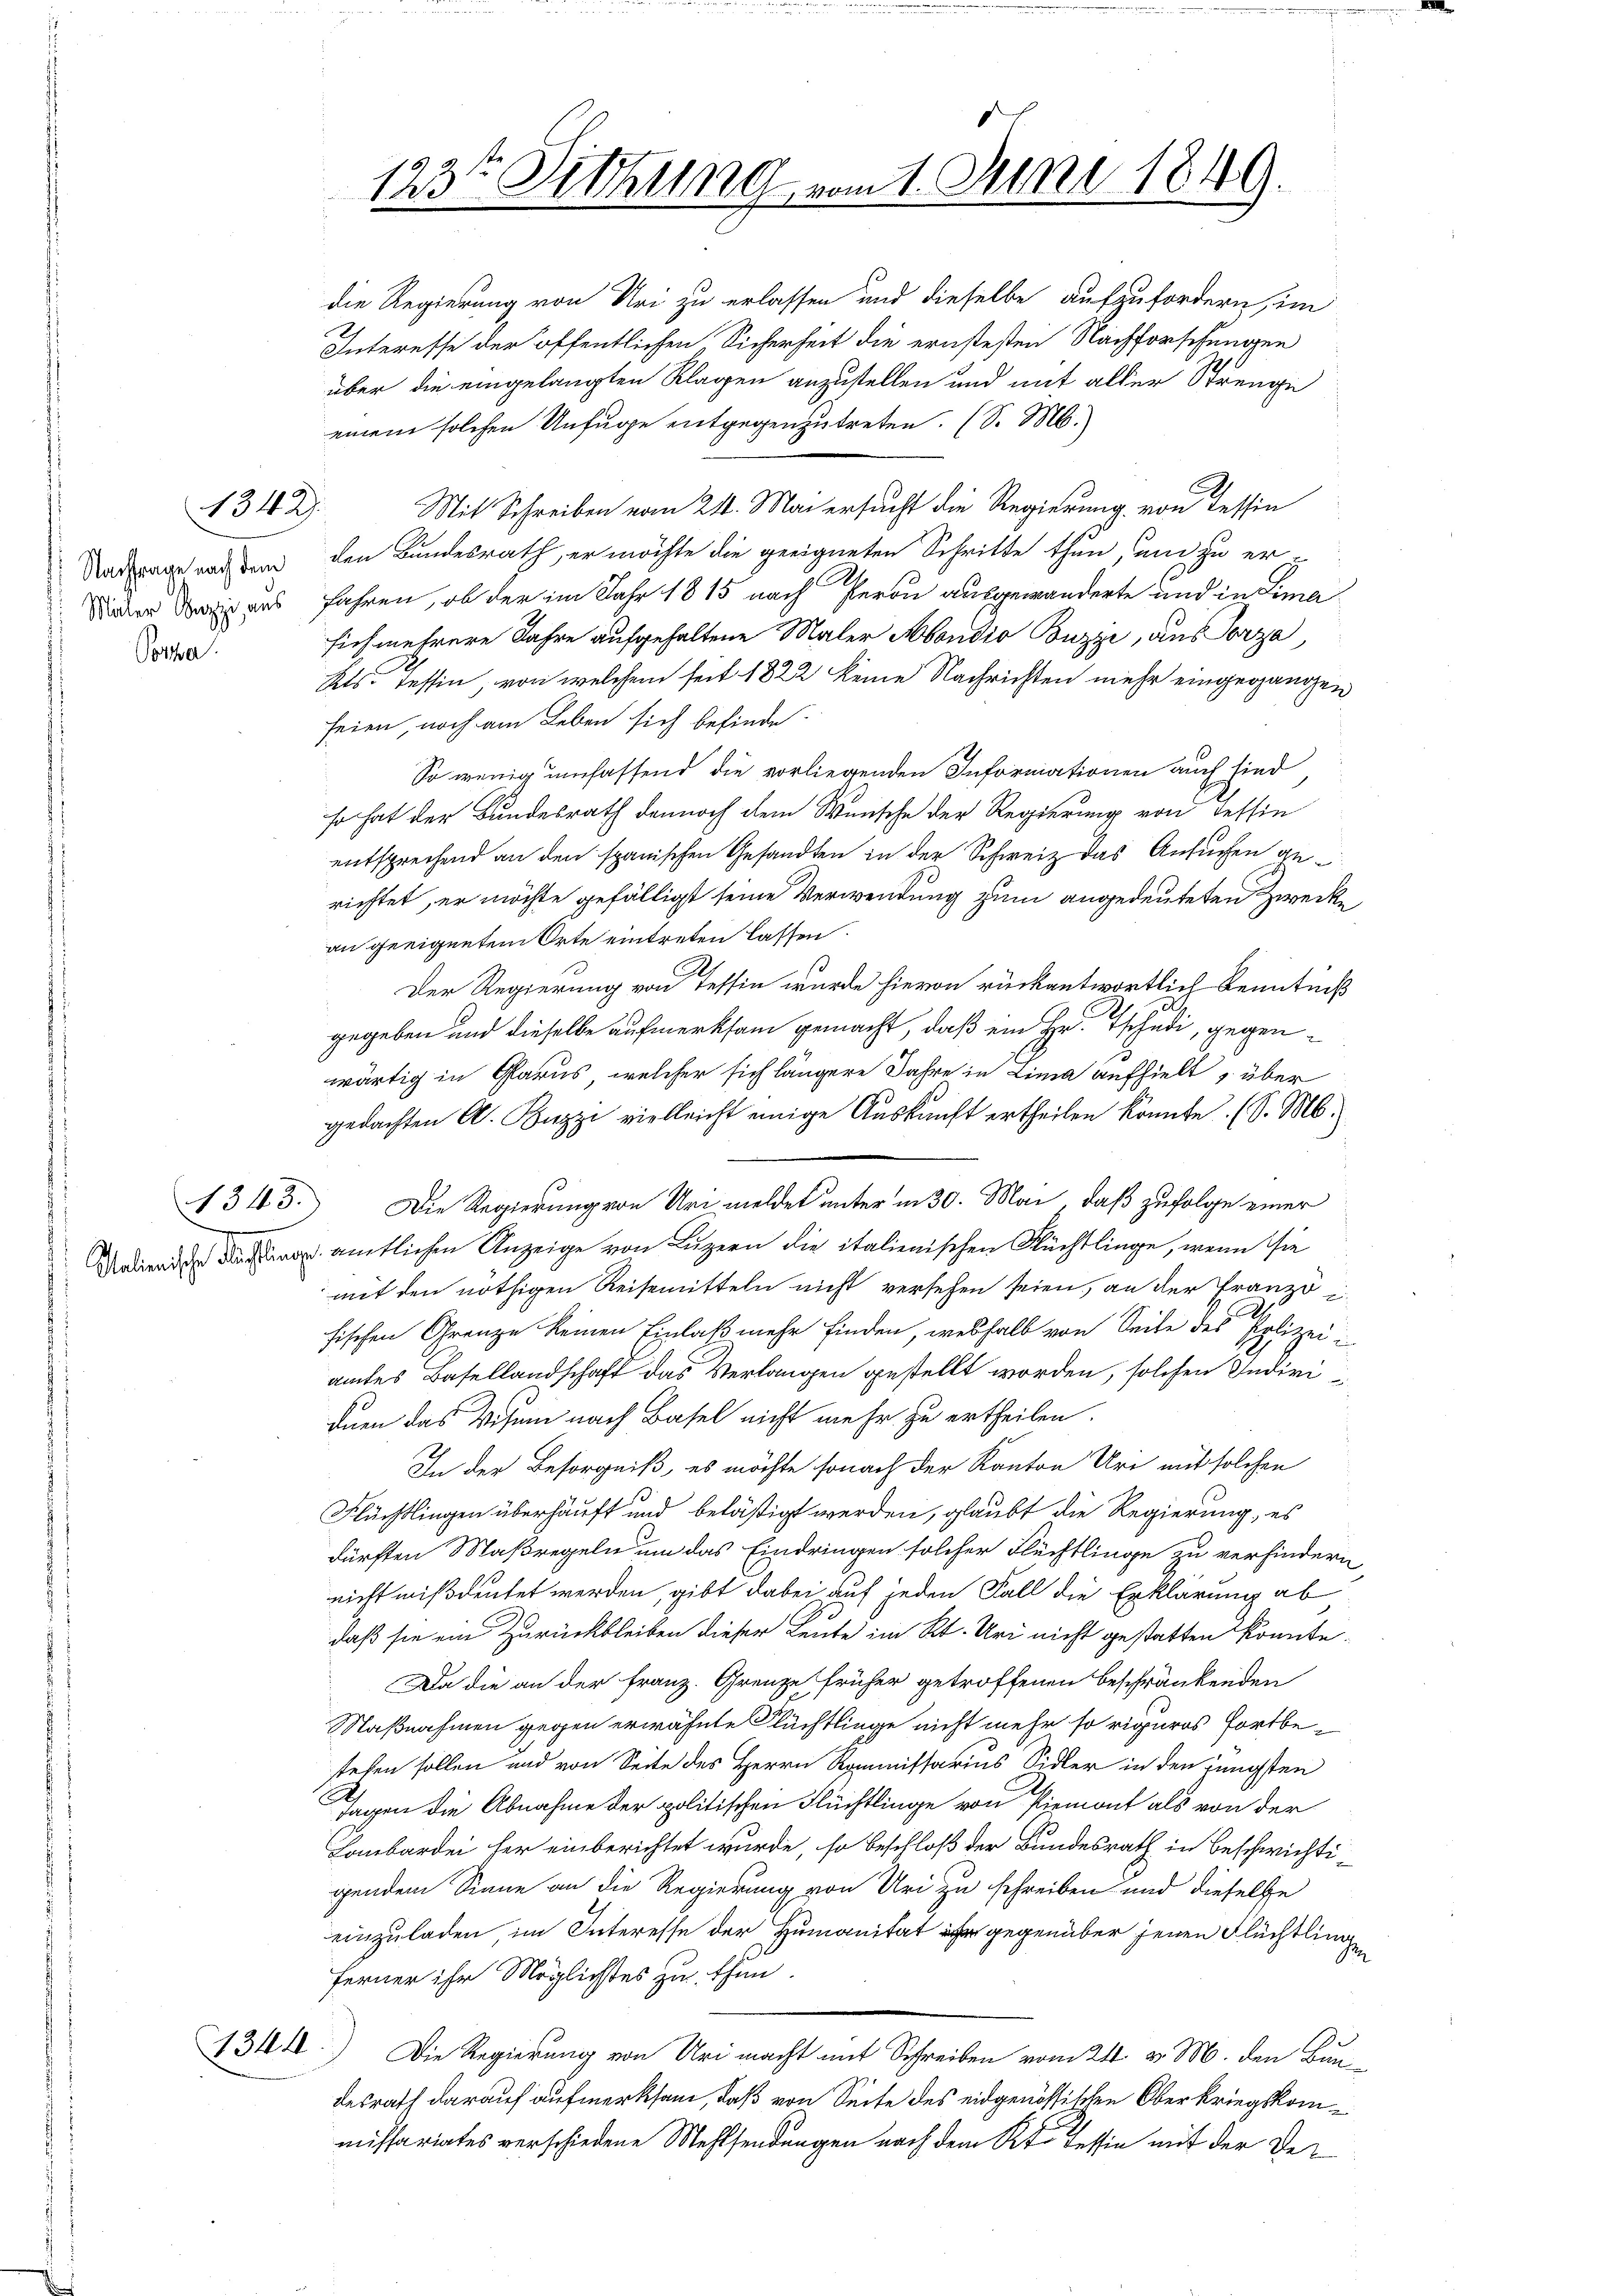
: Nachtrage nach dem
 Maler Buzzi aus

Posser.

1342.

134

einem solchen Unfuge entgegenzutreten. (S. M.
Mit Schreiben vom 24. Mai ersucht die Regierung von Tessin
den Bundesrath, er möchte die geeigneten Schritte thun, und zu erfahren, ob der im Jahr 1815 nach Peron ausgewanderte und in Lima
sich mehrere Jahre aufgehaltene Maler Abendio Buzzi, aus Porza
Kts. Tessin, von welchem seit 1822 keine Nachrichten mehr eingegangen
seien, noch am Leben sich befinde.
So wenig umfassend die vorliegenden Informationen auch sind
so hat der Bundesrath dennoch dem Wunsche der Regierung von Tessin
entsprechend an den spanischen Gesandten in der Schweiz das Ansuchen gerichtet, er möchte gefälligt seine Verwendung zum angedeuteten Zwecke
an geeigneten Orte eintreten lassen
Der Regierung von Tessin wurde hievon rückantwortlich Kenntniß
gegeben und dieselbe aufmerksam gemacht, daß ein Hr. Tschudi, gegenwärtig in Glarus, welcher sich längere Jahre in Lima aufhielt, über
gedachten A. Buzzi vielleicht einige Auskunft ertheilen könnte. (S. M.
1343) Die Regierung von Uri meldet unter in 30. Mai, daß zufolge einer
Werden amtlichen Anzeige von Luzern die italienischen Flüchtlinge, wenn sie
mit den nöthigen Reisemitteln nicht versehen seien, an der Franzo i
s
fischen Grenze keinen Einlaß mehr finden, weshalb von Seite des Polizei
amtes Basellandschaft das Verlangen gestellt worden, solchen Individuen das Visum nach Basel nicht mehr zu ertheilen.
In der Besorgniß, es möchte sonach der Kanton Ure mit solchen
Flüchtlingen überhäuft und belästigt werden, glaubt die Regierung, es
dürften Maßregeln um das Eindringen solcher Flüchtlinge zu verhindern,
nicht mißdeutet werden, gibt dabei auf jeden Fall die Erklärung ab
e
daß sie ein Zurückbleiben dieser Leute im Kt. Uri nicht gestatten konnte.
Da die an der Franz. Grenze früher getroffenen beschränkenden
Maßnahmen gegen erwähnte Flüchtlinge nicht mehr so riguros fortbetehen sollen und von Seite des Herrn Kommissarius Sidler in den jüngsten
Tagen die Abnahme der politischen Flüchtlinge von Piemont als von der
Lombardei her einberichtet wurde, so beschloß der Bundesrath in Beschwichtigendem Sinne an die Regierung von Uri zu schreiben und dieselbe
einzuladen, im Interesse der Humanitat er gegenüber jenen Flüchtlinge
ferner ihr Möglichstes zu thun
Die Regierung von Uri macht mit Schreiben vom 24. v. M. den Bundesrath darauf aufmerksam, daß von Seite des eidgenössischen Oberkriegskommissariates verschiedene Mehlsendungen nach dem K. Tessin mit der De¬

123te Sitzung vom 1. Juni 1849.

die Regierung von Uri zu erlassen und dieselbe aufzufordern, im
Interesse der öffentlichen Sicherheit die ernstesten Nachforschungen
über die eingelangten Klagen anzustellen und mit aller Strenge